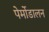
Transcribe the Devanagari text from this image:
पेर्मोडालन